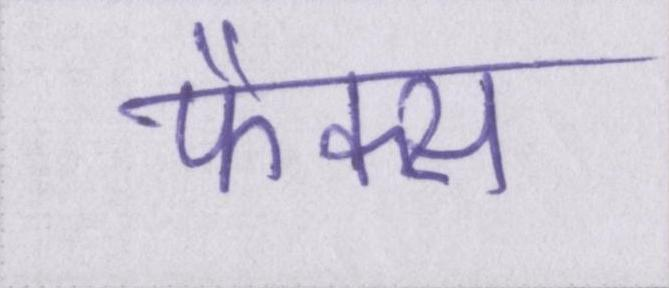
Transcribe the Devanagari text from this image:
फैक्स